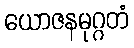
ယောဇနမုဂ္ဂတံ